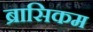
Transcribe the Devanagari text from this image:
ब्रासिकम